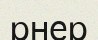
рнер